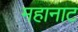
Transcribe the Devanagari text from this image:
महानाट